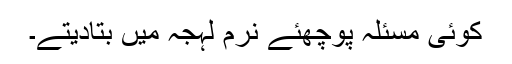
کوئی مسئلہ پوچھئے نرم لہجہ میں بتادیتے۔